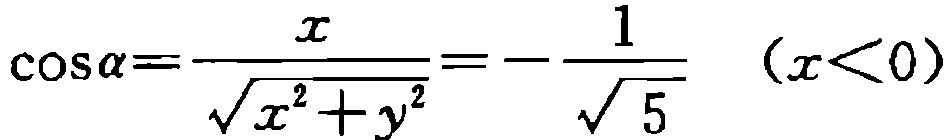
\(\cos\alpha=\frac{x}{\sqrt{x^{2}+y^{2}}}=-\frac{1}{\sqrt{5}}\ \ (x<0)\)